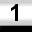
Digit: 1